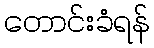
တောင်းခံရန်